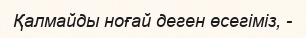
Қалмайды ноғай деген өсегіміз, -